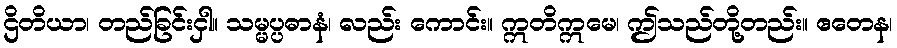
ဌိတိယာ၊ တည်ခြင်းငှါ။ သမ္မပ္ပဓာနံ၊ လည်း ကောင်း။ ဣတိဣမေ၊ ဤသည်တို့တည်း။ ဧတေန၊